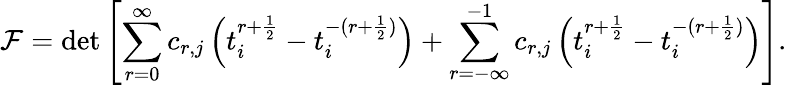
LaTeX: {\cal F}=\operatorname*{det}\left[\sum_{r=0}^{\infty}c_{r,j}\left(t_{i}^{r+\frac{1}{2}}-t_{i}^{-(r+\frac{1}{2})}\right)+\sum_{r=-\infty}^{-1}c_{r,j}\left(t_{i}^{r+\frac{1}{2}}-t_{i}^{-(r+\frac{1}{2})}\right)\right].